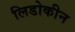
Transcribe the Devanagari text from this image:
लिडोकीन